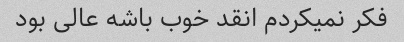
فکر نمیکردم انقد خوب باشه عالی بود